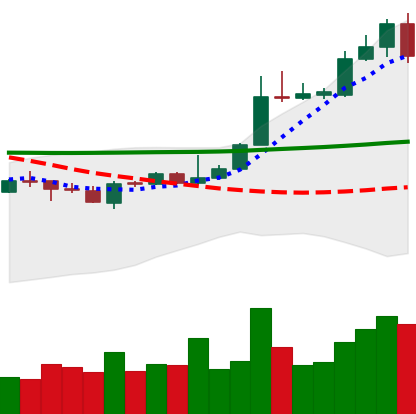
Ticker: XLM-USD
Chart end date: 2020-04-30
Forward return: 7.014%
Label: up_7plus